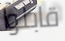
قابلوا